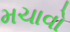
મચાવો